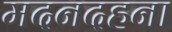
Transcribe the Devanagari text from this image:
मदनदहना